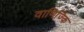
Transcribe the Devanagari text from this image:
वाणिज्कि